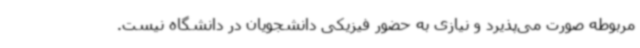
مربوطه صورت می‌پذیرد و نیازی به حضور فیزیکی دانشجویان در دانشگاه نیست.